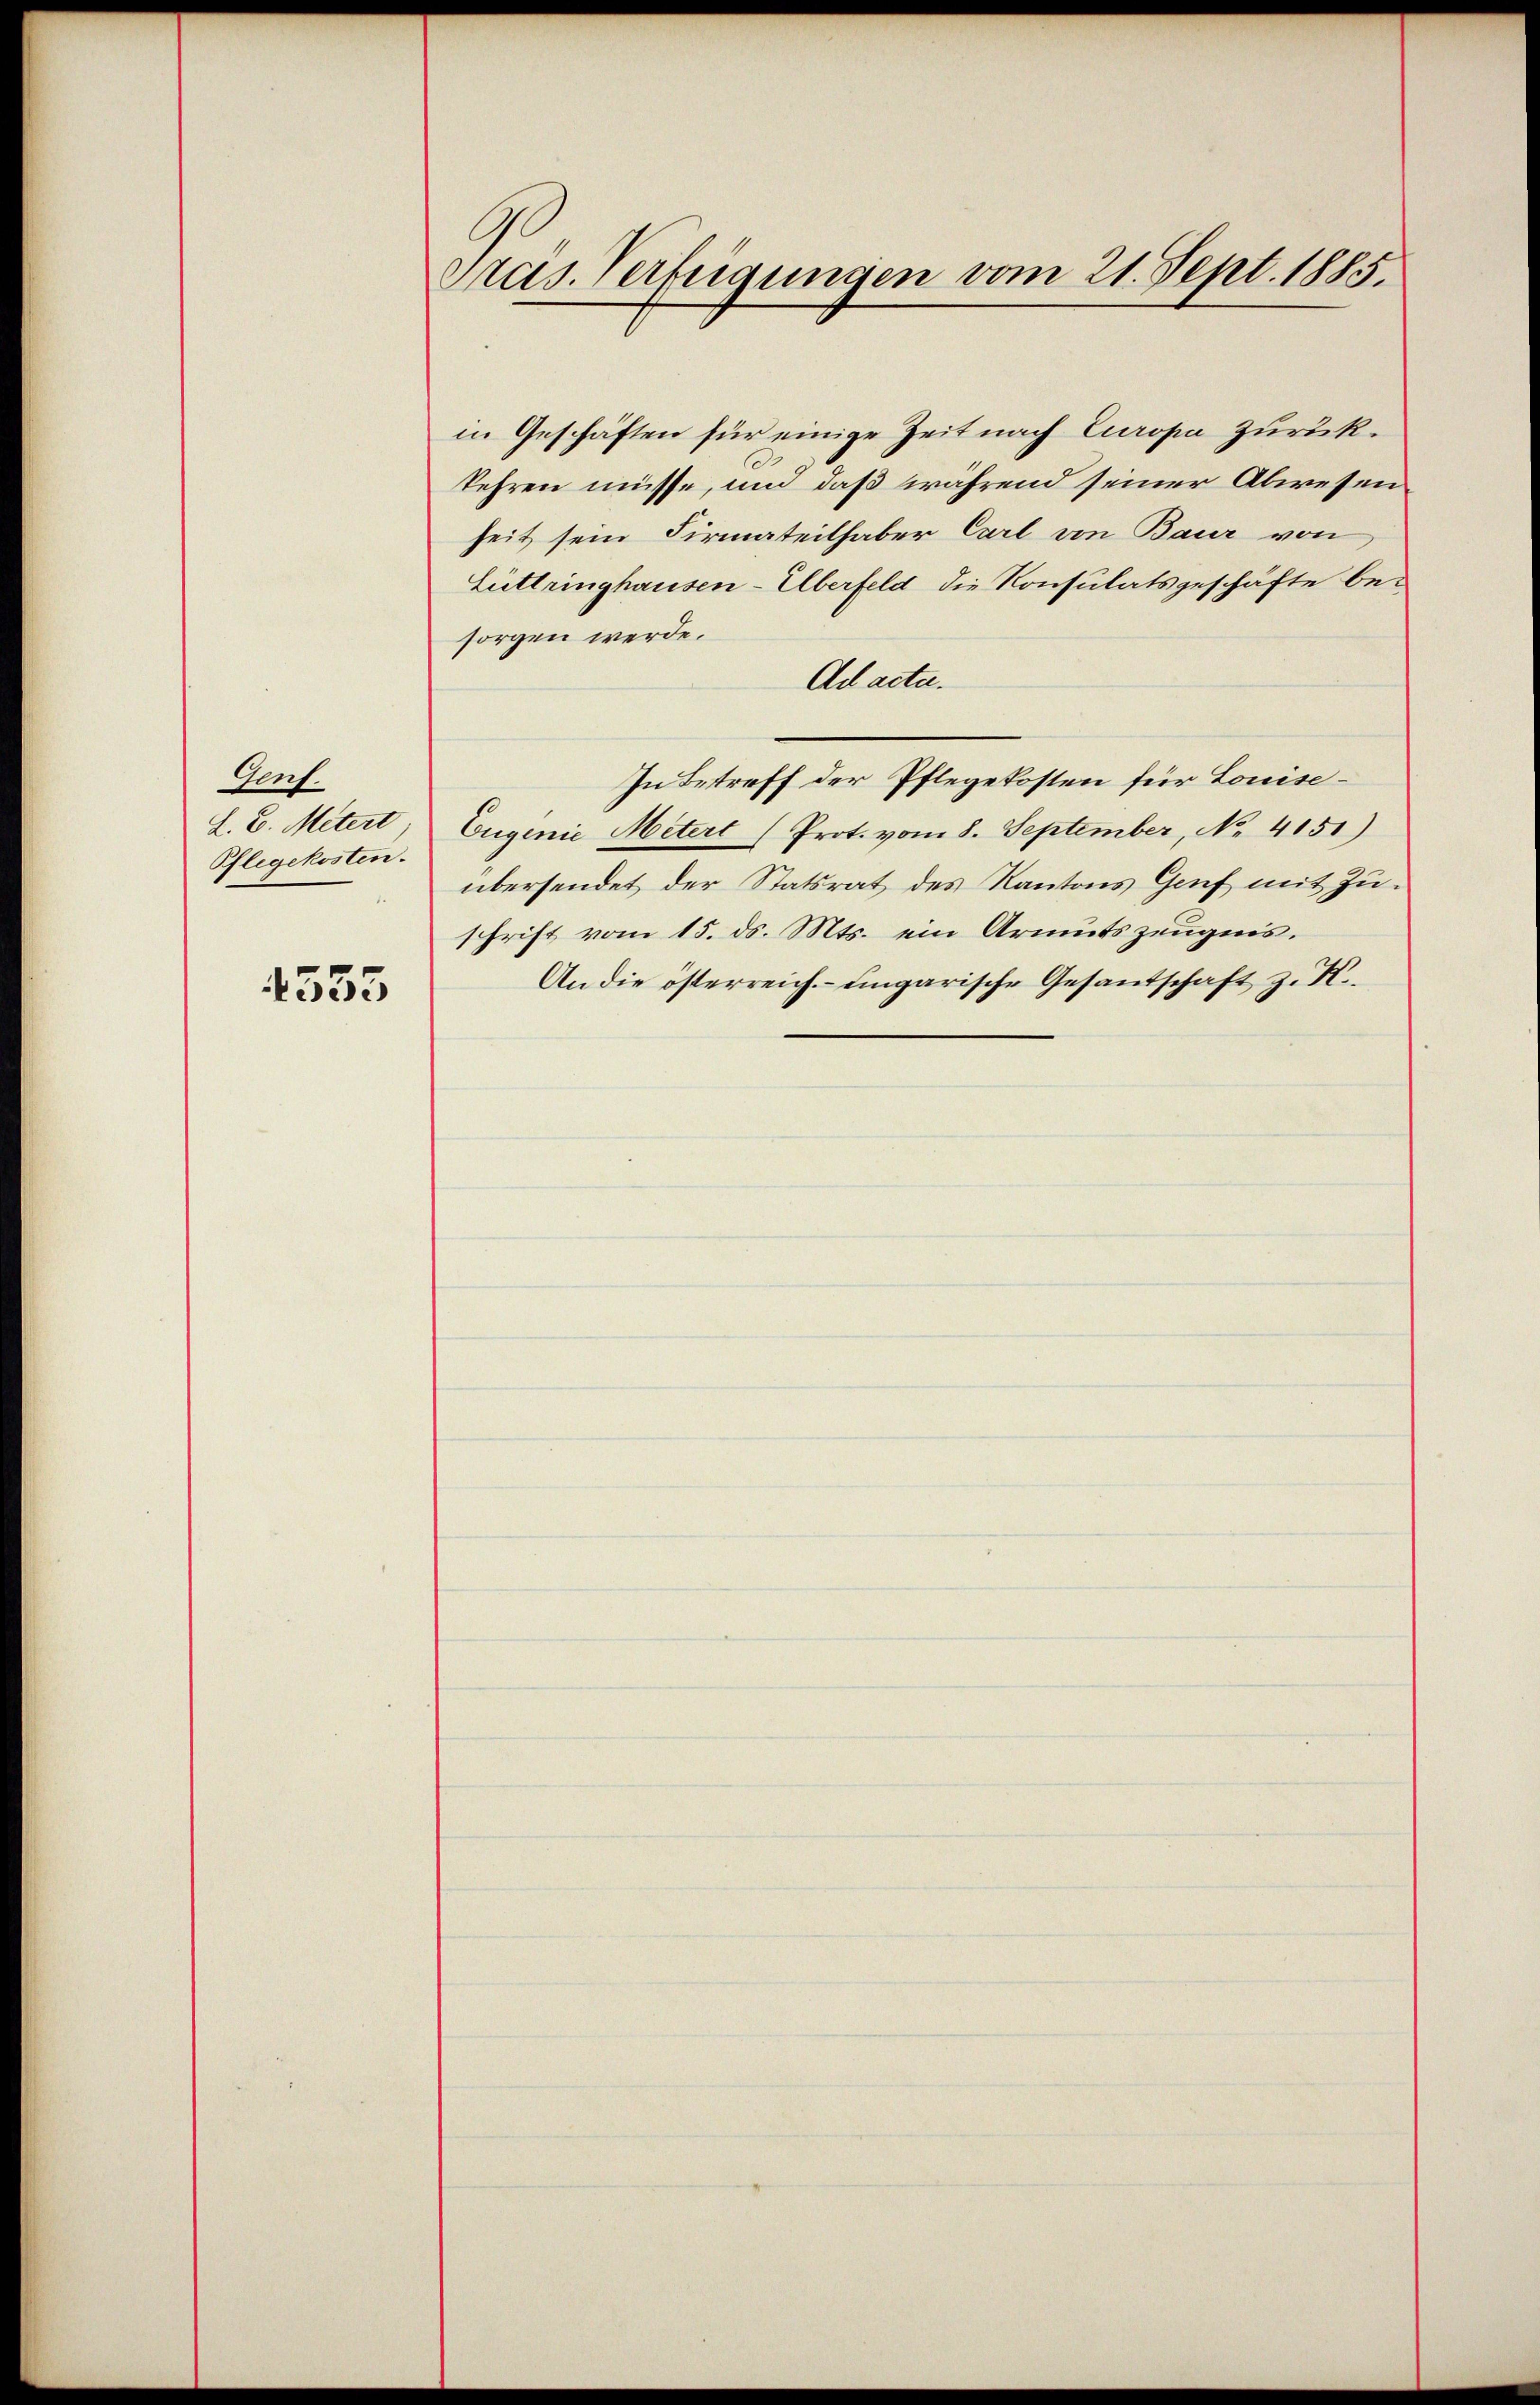
Aeuf
L. E. Mitert
Pflegekosten.

4555

Präs. Verfügungen vom 21. Sept. 1885.

in Geschäften für einige Zeit nach Europa zurückkehren müsse, und daß während seiner Abwesen
heit sein Firmateilhaber Carl von Baur von
Lüttringhausen-Überfeld die Konsulatsgeschäfte besorgen werde.
Ad acta.
In Betreff der Pflegekosten für Louise¬
Eugenie Metert (Prot. vom 8. September, No. 4151)
übersendet der Statsrat des Kantons Genf mit Zuschrift vom 15. ds. Mts. ein Armutszeugnis.
An die österreich. ungarische Gesandschaft z. K.